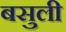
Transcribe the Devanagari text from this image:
बसुली